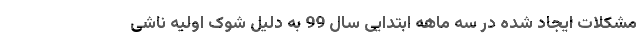
مشکلات ایجاد شده در سه ماهه ابتدایی سال 99 به دلیل شوک اولیه ناشی